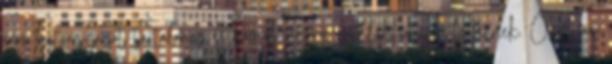
erős hatóanyagot tartalmaz és komoly káros mellékhatásai lehetnek. Óvatosan